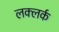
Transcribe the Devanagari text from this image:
लक्लर्क